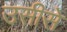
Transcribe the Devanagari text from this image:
उसीसे